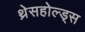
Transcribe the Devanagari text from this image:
थ्रेसहोल्ड्स